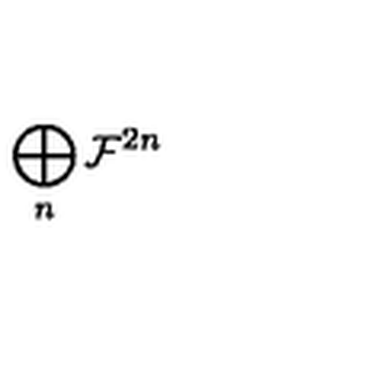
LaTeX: \bigoplus _ { n } { \cal F } ^ { 2 n }